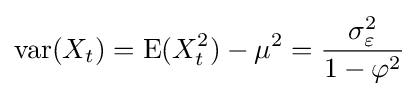
{\textrm {var}}(X_{t})=\operatorname {E} (X_{t}^{2})-\mu ^{2}={\frac {\sigma _{\varepsilon }^{2}}{1-\varphi ^{2}}}